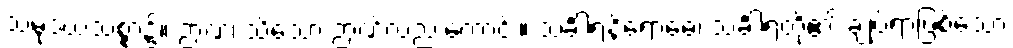
သမုဒယသစ္စာ၌။ ဉာဏံ၊ သိသော ဉာဏ်လည်းကောင်း။ သင်္ခါရနိရောဓေ၊ သင်္ခါရတို့၏ ချုပ်ရာဖြစ်သော